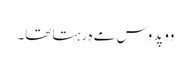
وو پدوس مے ہِ رہتا تھا۔